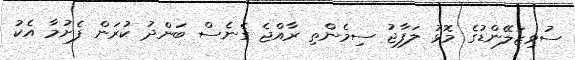
ސުވިޒަލޭންޑުގެ މޮޅު ލަފާޖު ސިމެންތި ރާއްޖެ ގެނެސް ބަންދު ކުރަން ފެށުމާ އެކު